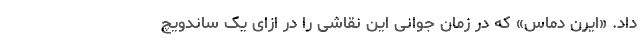
داد. «ایرن دماس»‌ که در زمان جوانی این نقاشی را در ازای یک ساندویچ